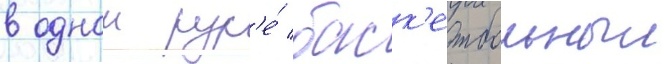
в однои рук'е́ баск'етбольныи